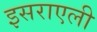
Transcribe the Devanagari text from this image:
इसराएली